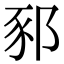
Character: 𨛤